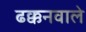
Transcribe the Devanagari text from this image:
ढक्कनवाले